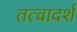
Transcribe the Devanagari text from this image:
तत्वादर्श